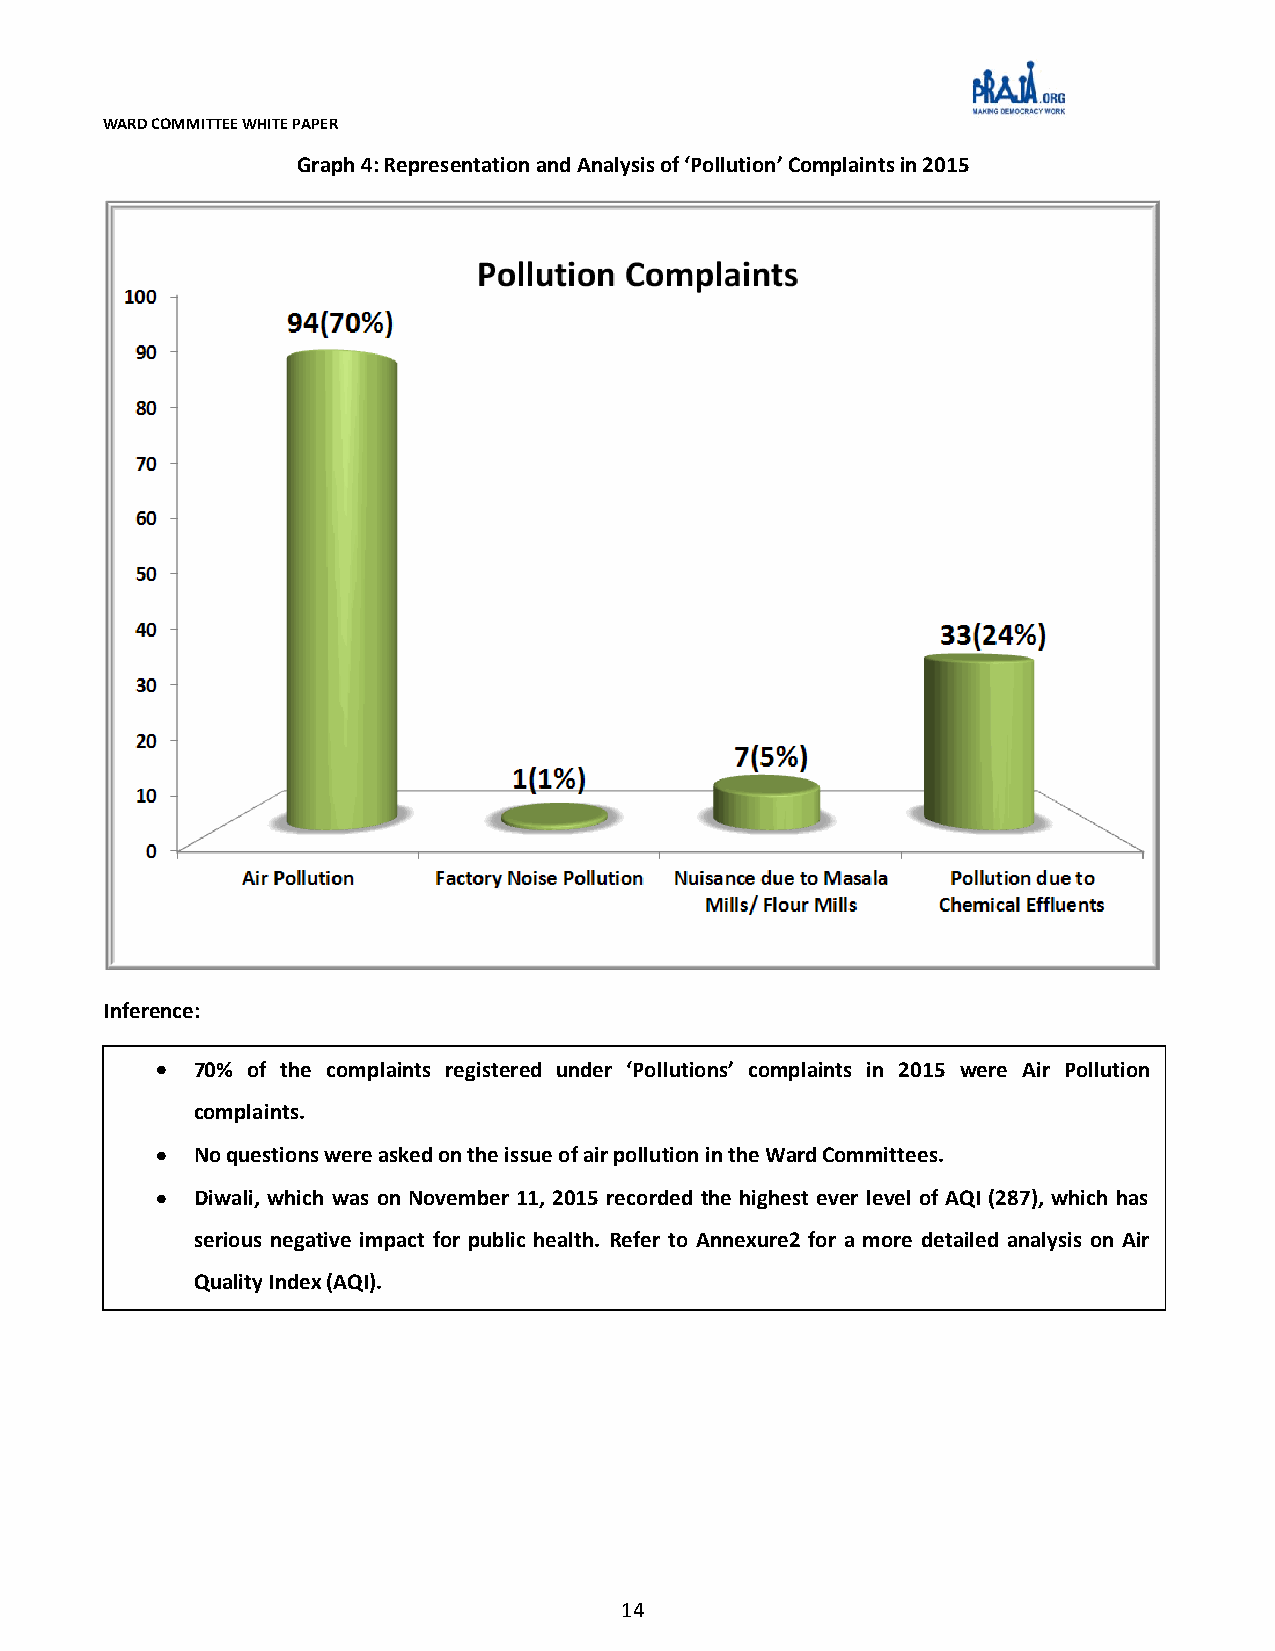
WARD COMMITTEE WHITE PAPER
 Graph 4: Representation and Analysis of ‘Pollution’ Complaints in 2015
 Inference:
 7700%% ooff tthhee ccoommppllaaiinnttss rreeggiisstteerreedd uunnddeerr ‘‘PPoolllluuttiioonnss’’ ccoommppllaaiinnttss iinn 22001155 wweerree AAiirr PPoolllluuttiioonn
 ccoommppllaaiinnttss..
 NNoo qquueessttiioonnss wweerree aasskkeedd oonn tthhee iissssuuee ooff aaiirr ppoolllluuttiioonn iinn tthhee WWaarrdd CCoommmmiitttteeeess..
 DDiiwwaallii,, wwhhiicchh wwaass oonn NNoovveemmbbeerr 1111,, 22001155 rreeccoorrddeedd tthhee hhiigghheesstt eevveerr lleevveell ooff AAQQII ((228877)),, wwhhiicchh hhaass
 sseerriioouuss nneeggaattiivvee iimmppaacctt ffoorr ppuubblliicc hheeaalltthh.. RReeffeerr ttoo AAnnnneexxuurree22 ffoorr aa mmoorree ddeettaaiilleedd aannaallyyssiiss oonn AAiirr
 QQuuaalliittyy IInnddeexx ((AAQQII))..
 14